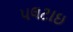
પલટાઇ